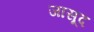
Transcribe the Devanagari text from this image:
जासूद